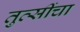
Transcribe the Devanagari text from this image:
तुत्‍सींचा